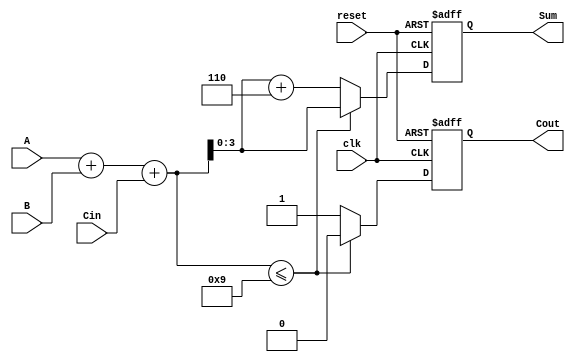
module BCD_Sequential_Adder (
    input wire clk,       // Clock signal
    input wire reset,     // Reset signal
    input wire [3:0] A,   // First BCD digit
    input wire [3:0] B,   // Second BCD digit
    input wire Cin,       // Carry input
    output reg [3:0] Sum, // BCD sum output
    output reg Cout       // Carry output
);

    reg [4:0] Temp; // Intermediate result (5 bits)

    always @(posedge clk or posedge reset) begin
        if (reset) begin
            // Reset outputs
            Sum <= 4'b0000;
            Cout <= 1'b0;
        end else begin
            // Perform binary addition
            Temp = A + B + Cin;

            // Check for BCD adjustment
            if (Temp <= 5'b01001) begin // If Temp <= 9
                Sum <= Temp[3:0];     // Directly assign to Sum
                Cout <= 1'b0;         // No carry out
            end else begin // If Temp > 9
                Temp = Temp + 5'b00110; // Adjust by adding 6
                Sum <= Temp[3:0];       // Assign adjusted value to Sum
                Cout <= 1'b1;           // Set carry out
            end
        end
    end
endmodule